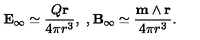
{ \bf E } _ { \infty } \simeq \frac { Q { \bf r } } { 4 \pi r ^ { 3 } } , \ , { \bf B } _ { \infty } \simeq \frac { { \bf m } \wedge { \bf r } } { 4 \pi r ^ { 3 } } .